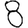
Digit: 8